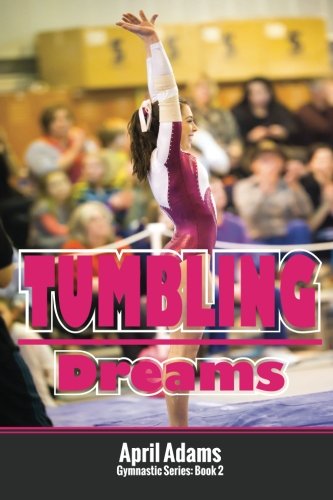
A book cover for Tumbling Dreams: The Gymnastics Series #2; April Adams; Sports & Outdoors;